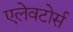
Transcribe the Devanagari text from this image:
एलेवटोर्स